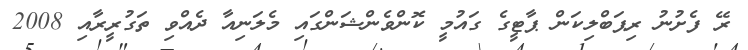
ރޭ ފެށުނު ރިޕަބްލިކަން ޕާޓީގެ ގައުމީ ކޮންވެންޝަންގައި މެލަނިއާ ދެއްވި ތަގުރީރާއި 2008